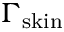
\Gamma _ { \mathrm { s k i n } }